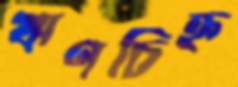
ঋণচিহ্ন